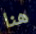
هنا